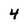
Character: 4